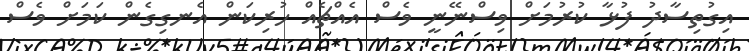
އިގުތިސާދު ފުޅާ ކުރުމަށް ވިސްނޭނީ ވެސް އެއްޗެއް ހުރިކަން އެނގިގެން ކަމަށް ވެސް